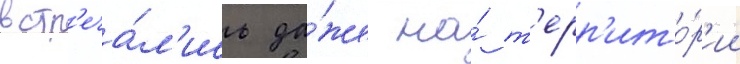
встр'еча́л'ись да́же на́ т'ерр'ито́р'ии